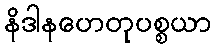
နိဒါနဟေတုပစ္စယာ